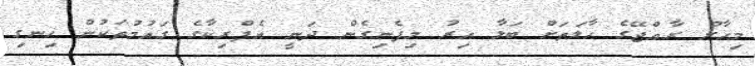
މިހާރު ރާއްޖޭގެ ހާލަތަށް ބަލާ އިރު މިފެނިގެން ދަނީ އެފްރިކާގެ ގައުމުތަކުން ހިނގި